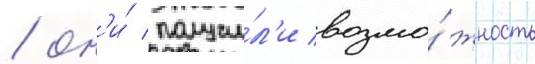
/ он'и́ получи́л'и возмо́жность